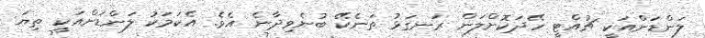
ލަންޑަންއަކީ ޗުއްޓީ ހޭދަކޮށްލަން ރަނގަޅު ތަނެކޭ ބުނެވިދާނެ އެވެ. އެކަަމަކު ލަންޑަންއަކީ ތިޔަ